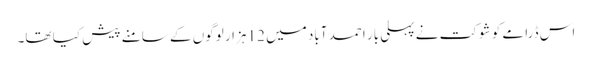
اس ڈرامے کو شوکت نے پہلی بار احمد آباد میں 12 ہزار لوگوں کے سامنے پیش کیا تھا۔